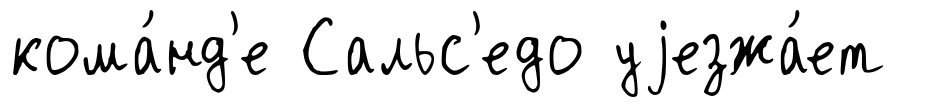
кома́нд'е Сальс'едо уjезжа́ет